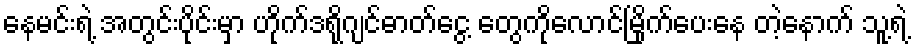
နေမင်းရဲ့ အတွင်းပိုင်းမှာ ဟိုက်ဒရိုဂျင်ဓာတ်ငွေ့ တွေကိုလောင်မြိုက်ပေးနေ တဲ့နောက် သူ့ရဲ့